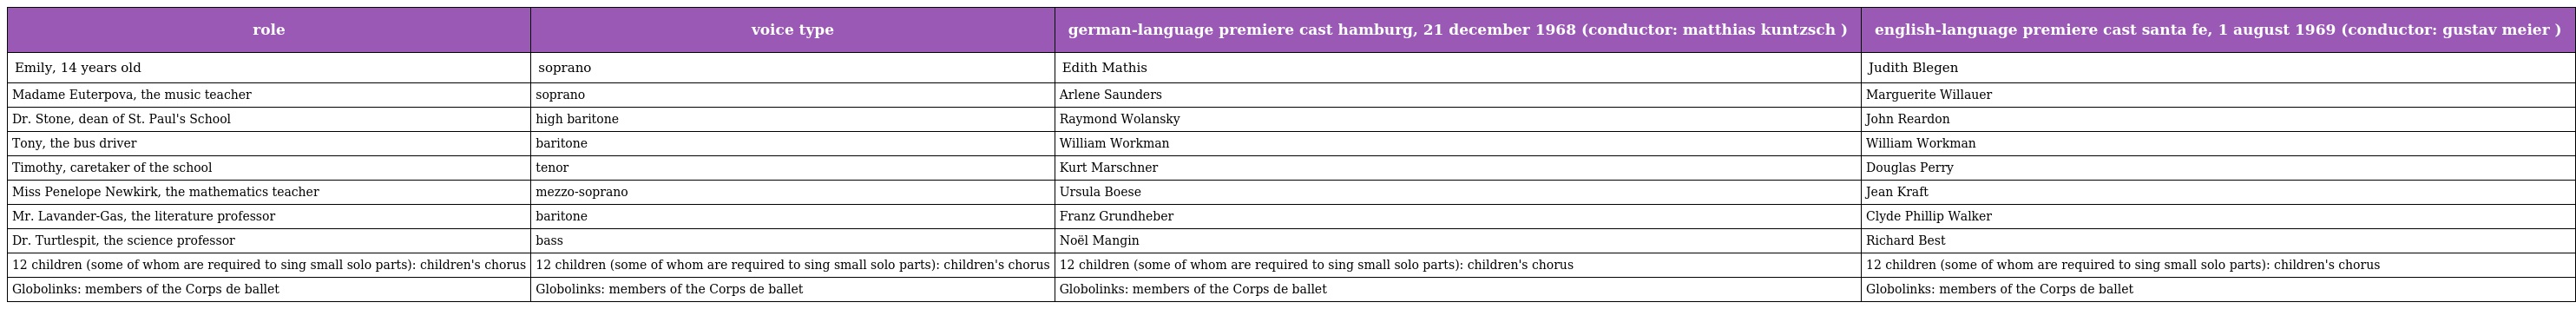
| role | voice type | german-language premiere cast hamburg, 21 december 1968 (conductor: matthias kuntzsch ) | english-language premiere cast santa fe, 1 august 1969 (conductor: gustav meier ) |
 | --- | --- | --- | --- |
 | Emily, 14 years old | soprano | Edith Mathis | Judith Blegen |
 | Madame Euterpova, the music teacher | soprano | Arlene Saunders | Marguerite Willauer |
 | Dr. Stone, dean of St. Paul's School | high baritone | Raymond Wolansky | John Reardon |
 | Tony, the bus driver | baritone | William Workman | William Workman |
 | Timothy, caretaker of the school | tenor | Kurt Marschner | Douglas Perry |
 | Miss Penelope Newkirk, the mathematics teacher | mezzo-soprano | Ursula Boese | Jean Kraft |
 | Mr. Lavander-Gas, the literature professor | baritone | Franz Grundheber | Clyde Phillip Walker |
 | Dr. Turtlespit, the science professor | bass | Noël Mangin | Richard Best |
 | 12 children (some of whom are required to sing small solo parts): children's chorus | 12 children (some of whom are required to sing small solo parts): children's chorus | 12 children (some of whom are required to sing small solo parts): children's chorus | 12 children (some of whom are required to sing small solo parts): children's chorus |
 | Globolinks: members of the Corps de ballet | Globolinks: members of the Corps de ballet | Globolinks: members of the Corps de ballet | Globolinks: members of the Corps de ballet |